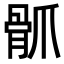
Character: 𩨢